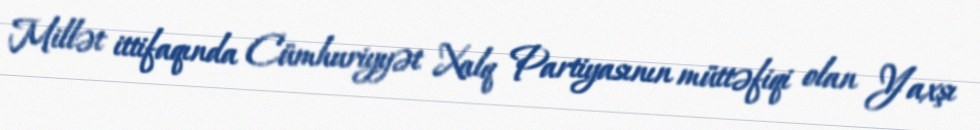
Millət ittifaqında Cümhuriyyət Xalq Partiyasının müttəfiqi olan Yaxşı